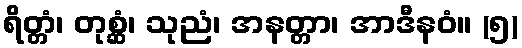
ရိတ္တံ၊ တုစ္ဆံ၊ သုညံ၊ အနတ္တာ၊ အာဒီနဝံ။ (၅)